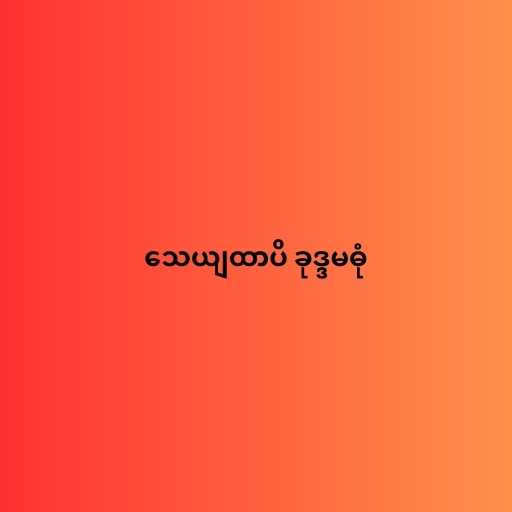
သေယျထာပိ ခုဒ္ဒမဓုံ